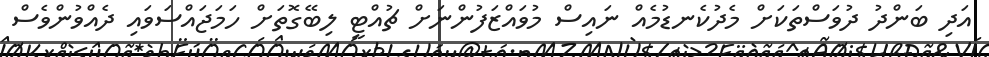
އަދި ބަންދު ދުވަސްތަކަށް މެދުކެނޑުމެއް ނައިސް މުވައްޒަފުންނަށް ޗުއްޓީ ލިބޭގޮތަށް ހަމަޖައްސަވައި ދެއްވުންވެސް